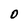
Character: O